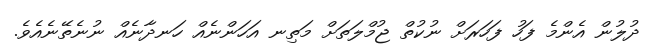
ދުލުން އެންމެ ފަހު ފަހަރަށް ނުކުތް ޖުމްލަތަށް މަތިނ އަހަންނެއް ހަނދާނެއް ނުނެތޭނެއެވެ.